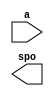
module displayRom(
  a,
  spo
);

input [3 : 0] a;
output [7 : 0] spo;

// synthesis translate_off

  DIST_MEM_GEN_V6_3 #(
    .C_ADDR_WIDTH(4),
    .C_DEFAULT_DATA("0"),
    .C_DEPTH(16),
    .C_FAMILY("spartan3"),
    .C_HAS_CLK(0),
    .C_HAS_D(0),
    .C_HAS_DPO(0),
    .C_HAS_DPRA(0),
    .C_HAS_I_CE(0),
    .C_HAS_QDPO(0),
    .C_HAS_QDPO_CE(0),
    .C_HAS_QDPO_CLK(0),
    .C_HAS_QDPO_RST(0),
    .C_HAS_QDPO_SRST(0),
    .C_HAS_QSPO(0),
    .C_HAS_QSPO_CE(0),
    .C_HAS_QSPO_RST(0),
    .C_HAS_QSPO_SRST(0),
    .C_HAS_SPO(1),
    .C_HAS_SPRA(0),
    .C_HAS_WE(0),
    .C_MEM_INIT_FILE("displayRom.mif"),
    .C_MEM_TYPE(0),
    .C_PARSER_TYPE(1),
    .C_PIPELINE_STAGES(0),
    .C_QCE_JOINED(0),
    .C_QUALIFY_WE(0),
    .C_READ_MIF(1),
    .C_REG_A_D_INPUTS(0),
    .C_REG_DPRA_INPUT(0),
    .C_SYNC_ENABLE(1),
    .C_WIDTH(8)
  )
  inst (
    .A(a),
    .SPO(spo),
    .D(),
    .DPRA(),
    .SPRA(),
    .CLK(),
    .WE(),
    .I_CE(),
    .QSPO_CE(),
    .QDPO_CE(),
    .QDPO_CLK(),
    .QSPO_RST(),
    .QDPO_RST(),
    .QSPO_SRST(),
    .QDPO_SRST(),
    .DPO(),
    .QSPO(),
    .QDPO()
  );

// synthesis translate_on

endmodule